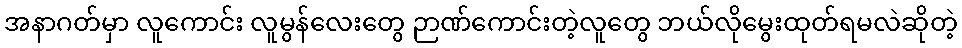
အနာဂတ်မှာ လူကောင်း လူမွန်လေးတွေ ဉာဏ်ကောင်းတဲ့လူတွေ ဘယ်လိုမွေးထုတ်ရမလဲဆိုတဲ့